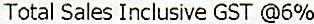
TOTAL SALES INCLUSIVE GST @6%